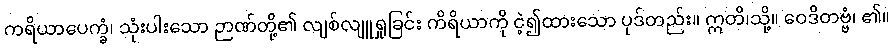
ကရိယာပေက္ခံ၊ သုံးပါးသော ဉာဏ်တို့၏ လျစ်လျူရှုခြင်း ကိရိယာကို ငဲ့၍ထားသော ပုဒ်တည်း။ ဣတိ၊သို့။ ဝေဒိတဗ္ဗံ၊ ၏။